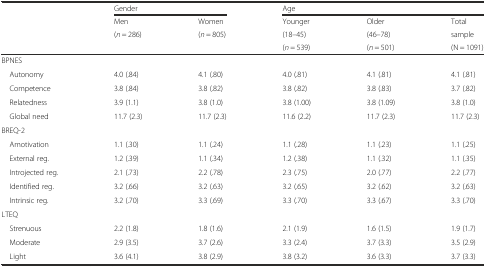
|  | <COLSPAN=2> Gender | <COLSPAN=3> Age |
 | <ROWSPAN=3>  | Men | Women | Younger | Older | Total |
 | (n = 286) | (n = 805) | (18–45) | (46–78) | sample |
 |  |  | (n = 539) | (n = 501) | (N = 1091) |
 | --- | --- | --- | --- | --- | --- |
 | BPNES |  |  |  |  |  |
 | Autonomy | 4.0 (.84) | 4.1 (.80) | 4.0 (.81) | 4.1 (.81) | 4.1 (.81) |
 | Competence | 3.8 (.84) | 3.8 (.82) | 3.8 (.82) | 3.8 (.83) | 3.7 (.82) |
 | Relatedness | 3.9 (1.1) | 3.8 (1.0) | 3.8 (1.00) | 3.8 (1.09) | 3.8 (1.0) |
 | Global need | 11.7 (2.3) | 11.7 (2.3) | 11.6 (2.2) | 11.7 (2.3) | 11.7 (2.3) |
 | BREQ-2 |  |  |  |  |  |
 | Amotivation | 1.1 (.30) | 1.1 (.24) | 1.1 (.28) | 1.1 (.23) | 1.1 (.25) |
 | External reg. | 1.2 (.39) | 1.1 (.34) | 1.2 (.38) | 1.1 (.32) | 1.1 (.35) |
 | Introjected reg. | 2.1 (.73) | 2.2 (.78) | 2.3 (.75) | 2.0 (.77) | 2.2 (.77) |
 | Identified reg. | 3.2 (.66) | 3.2 (.63) | 3.2 (.65) | 3.2 (.62) | 3.2 (.63) |
 | Intrinsic reg. | 3.2 (.70) | 3.3 (.69) | 3.3 (.70) | 3.3 (.67) | 3.3 (.70) |
 | LTEQ |  |  |  |  |  |
 | Strenuous | 2.2 (1.8) | 1.8 (1.6) | 2.1 (1.9) | 1.6 (1.5) | 1.9 (1.7) |
 | Moderate | 2.9 (3.5) | 3.7 (2.6) | 3.3 (2.4) | 3.7 (3.3) | 3.5 (2.9) |
 | Light | 3.6 (4.1) | 3.8 (2.9) | 3.8 (3.2) | 3.6 (3.3) | 3.7 (3.3) |